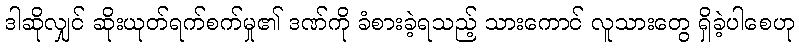
ဒါဆိုလျှင် ဆိုးယုတ်ရက်စက်မှု၏ ဒဏ်ကို ခံစားခဲ့ရသည့် သားကောင် လူသားတွေ ရှိခဲ့ပါစေဟု